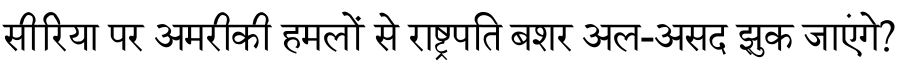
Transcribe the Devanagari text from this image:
सीरिया पर अमरीकी हमलों से राष्ट्रपति बशर अल-असद झुक जाएंगे?